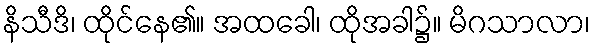
နိသီဒိ၊ ထိုင်နေ၏။ အထခေါ၊ ထိုအခါ၌။ မိဂသာလာ၊